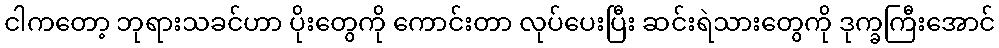
ငါကတော့ ဘုရားသခင်ဟာ ပိုးတွေကို ကောင်းတာ လုပ်ပေးပြီး ဆင်းရဲသားတွေကို ဒုက္ခကြီးအောင်